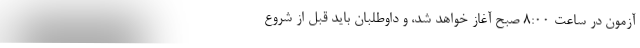
آزمون در ساعت ۸:۰۰ صبح آغاز خواهد شد، و داوطلبان باید قبل از شروع